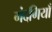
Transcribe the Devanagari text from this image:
गंदगियाँ